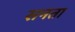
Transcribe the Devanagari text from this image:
सनता